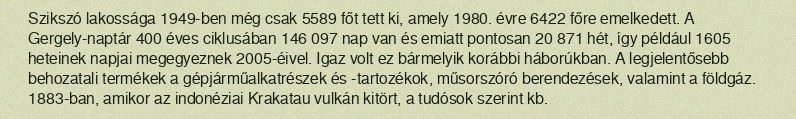
Szikszó lakossága 1949-ben még csak 5589 főt tett ki, amely 1980. évre 6422 főre emelkedett. A Gergely-naptár 400 éves ciklusában 146 097 nap van és emiatt pontosan 20 871 hét, így például 1605 heteinek napjai megegyeznek 2005-éivel. Igaz volt ez bármelyik korábbi háborúkban. A legjelentősebb behozatali termékek a gépjárműalkatrészek és -tartozékok, műsorszóró berendezések, valamint a földgáz. 1883-ban, amikor az indonéziai Krakatau vulkán kitört, a tudósok szerint kb.